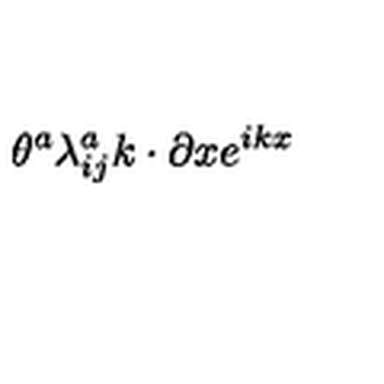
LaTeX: \theta ^ { a } \lambda _ { i j } ^ { a } k \cdot \partial x e ^ { i k x }